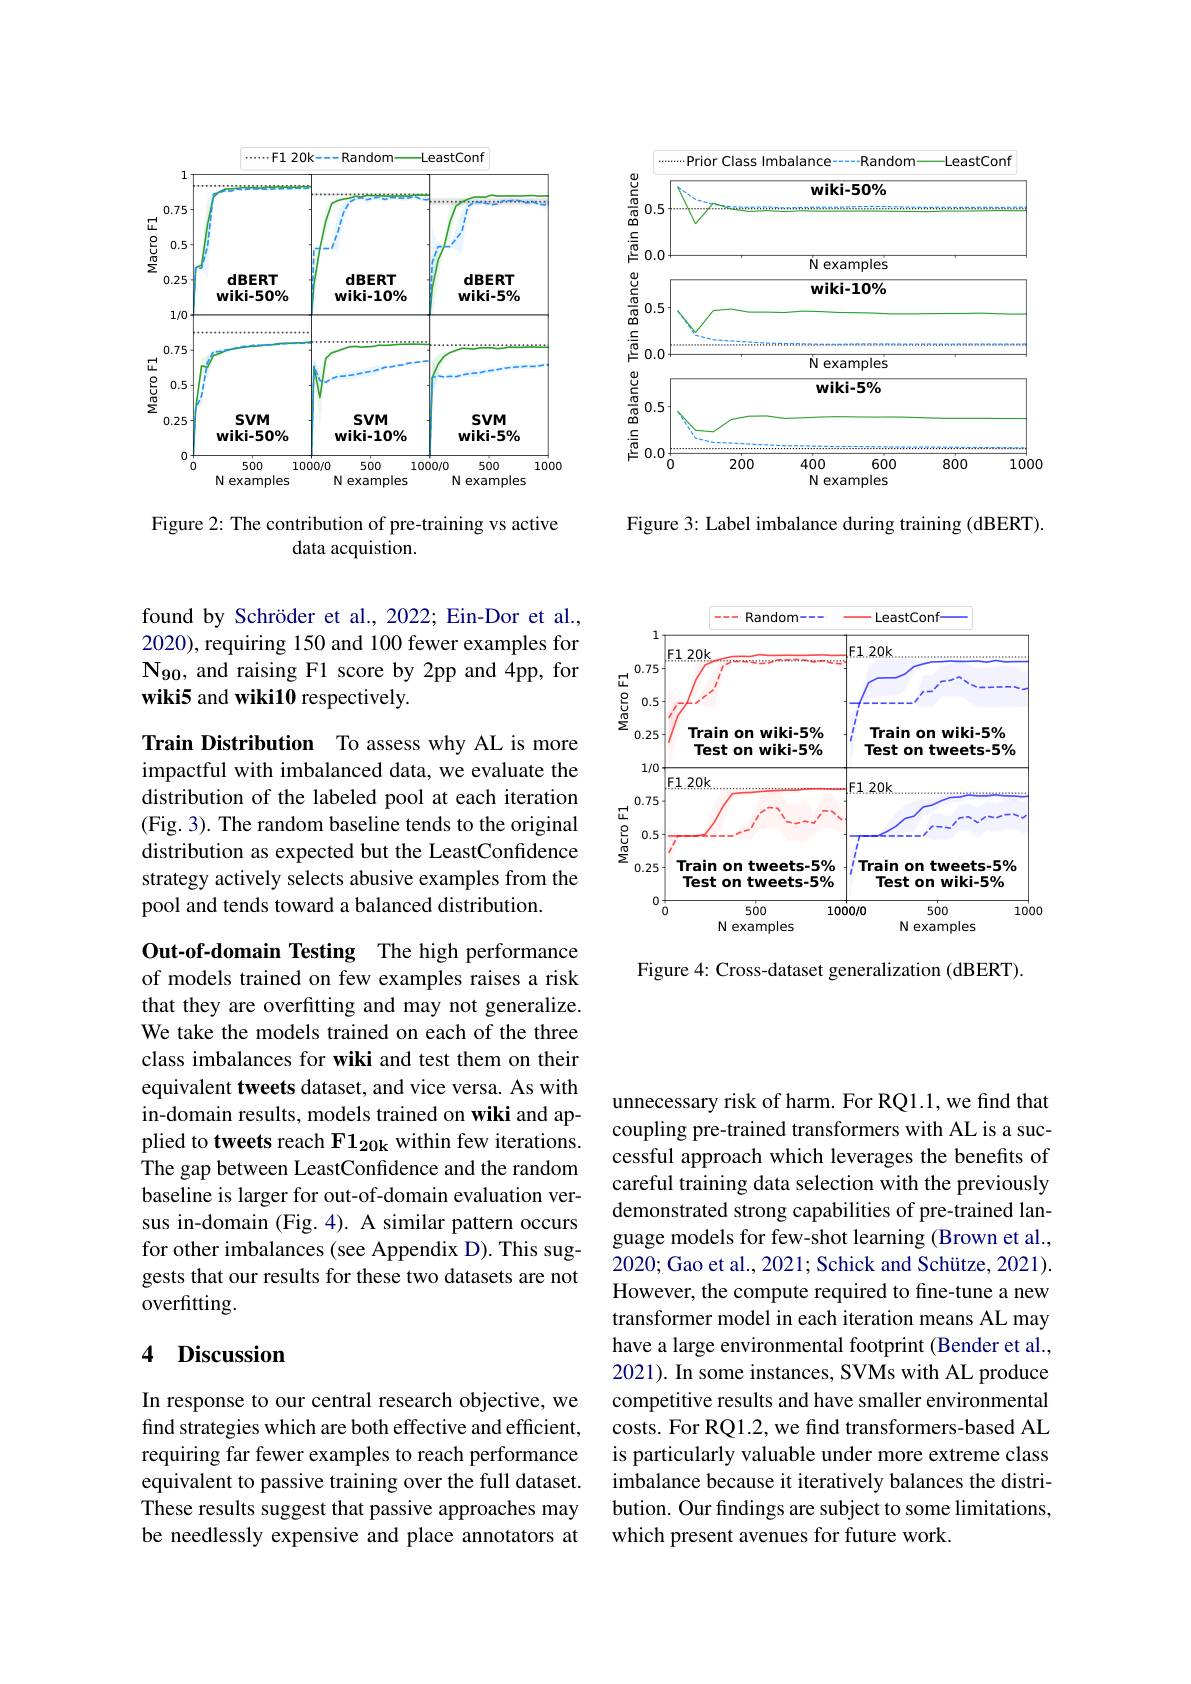
<FigureHere>

Figure 3: Label imbalance during training (dBERT).

<FigureHere>

Figure 2: The contribution of pre-training vs active
data acquistion.

found by Schröder et al., 2022; Ein-Dor et al., 2020), requiring 150 and 100 fewer examples for $N_{90}$, and raising F1 score by 2pp and 4pp, for wiki5 and wiki10 respectively.

Train Distribution To assess why AL is more impactful with imbalanced data, we evaluate the distribution of the labeled pool at each iteration (Fig. 3). The random baseline tends to the original distribution as expected but the LeastConfidence strategy actively selects abusive examples from the pool and tends toward a balanced distribution.

Out-of-domain Testing The high performance of models trained on few examples raises a risk that they are overfitting and may not generalize. We take the models trained on each of the three class imbalances for wiki and test them on their equivalent tweets dataset, and vice versa. As with in-domain results, models trained on wiki and applied to tweets reach F1$_{20\mathbf{k}}$ within few iterations. The gap between LeastConfidence and the random baseline is larger for out-of-domain evaluation versus in-domain (Fig. 4). A similar pattern occurs for other imbalances (see Appendix D). This suggests that our results for these two datasets are not overfitting.

### 4 Discussion

In response to our central research objective, we find strategies which are both effective and efficient, requiring far fewer examples to reach performance equivalent to passive training over the full dataset. These results suggest that passive approaches may be needlessly expensive and place annotators at

<FigureHere>

Figure 4: Cross-dataset generalization (dBERT).

unnecessary risk of harm. For RQ1.1, we find that coupling pre-trained transformers with AL is a successful approach which leverages the benefits of careful training data selection with the previously demonstrated strong capabilities of pre-trained language models for few-shot learning (Brown et al., 2020; Gao et al., 2021; Schick and Schütze, 2021). However, the compute required to fine-tune a new transformer model in each iteration means AL may have a large environmental footprint (Bender et al., 2021). In some instances, SVMs with AL produce competitive results and have smaller environmental costs. For RQ1.2, we find transformers-based AL is particularly valuable under more extreme class imbalance because it iteratively balances the distribution. Our findings are subject to some limitations, which present avenues for future work